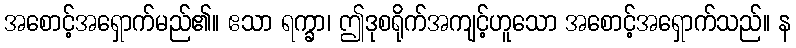
အစောင့်အရှောက်မည်၏။ ဧသာ ရက္ခာ၊ ဤဒုစရိုက်အကျင့်ဟူသော အစောင့်အရှောက်သည်။ န